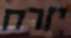
יזרח